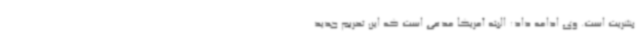
بشریت است. وی ادامه داد: البته آمریکا مدعی است که این تحریم جدید